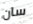
سان